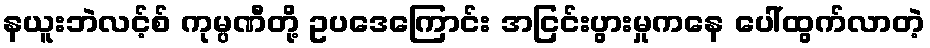
နယူးဘဲလင့်စ် ကုမ္ပဏီတို့ ဥပဒေကြောင်း အငြင်းပွားမှုကနေ ပေါ်ထွက်လာတဲ့